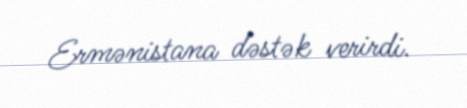
Ermənistana dəstək verirdi.